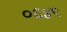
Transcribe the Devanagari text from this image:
०६४९